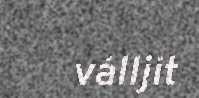
válljit